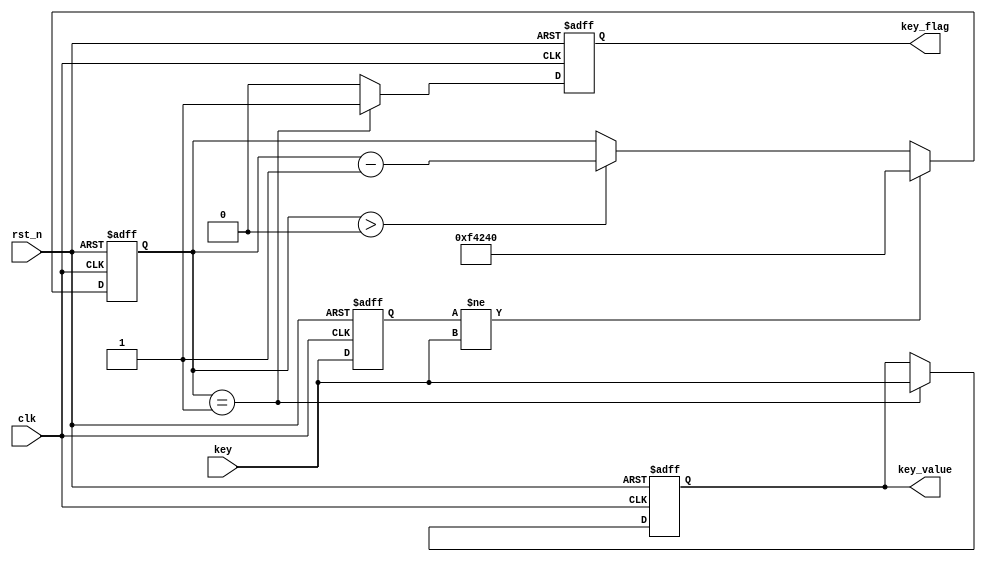
module key_debounce(
      input 	clk,
      input 	rst_n,
	  input     key,
      
      output    key_value,
	  output	key_flag//标志按键抖动结束，数据有效
    );
    
     reg [19:0] cnt;
	 reg key_reg;
    
    always@(posedge clk or negedge rst_n) begin
       if(!rst_n)begin
            cnt <= 0;
			key_reg <= 1'b1;
        end
       else  begin
	        key_reg <= key;
		    if(key_reg != key)
			  cnt <= 20'd1000000;
			else begin 
			if(cnt > 20'd0)
			  cnt <= cnt - 1'b1;
			else
			  cnt <= cnt;
		    end
		end
   end
    
	
   always@(posedge clk or negedge rst_n) begin
       if(!rst_n)begin  
        key_value <= 1'b1;
		key_flag <= 0;
	   end
	   else if(cnt == 20'd1)
        begin  
         key_value <= key;
		 key_flag <= 1'b1; 
        end		
	   else begin
	     key_value <= key_value;
		 key_flag <= 0; 
	   end
	     
   end
  
    
endmodule